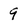
Character: 9